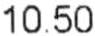
10.50